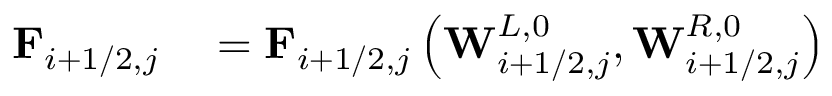
\begin{array} { r l } { \mathbf { F } _ { i + 1 / 2 , j } } & { { } = \mathbf { F } _ { i + 1 / 2 , j } \left( \mathbf { W } _ { i + 1 / 2 , j } ^ { L , 0 } , \mathbf { W } _ { i + 1 / 2 , j } ^ { R , 0 } \right) } \end{array}